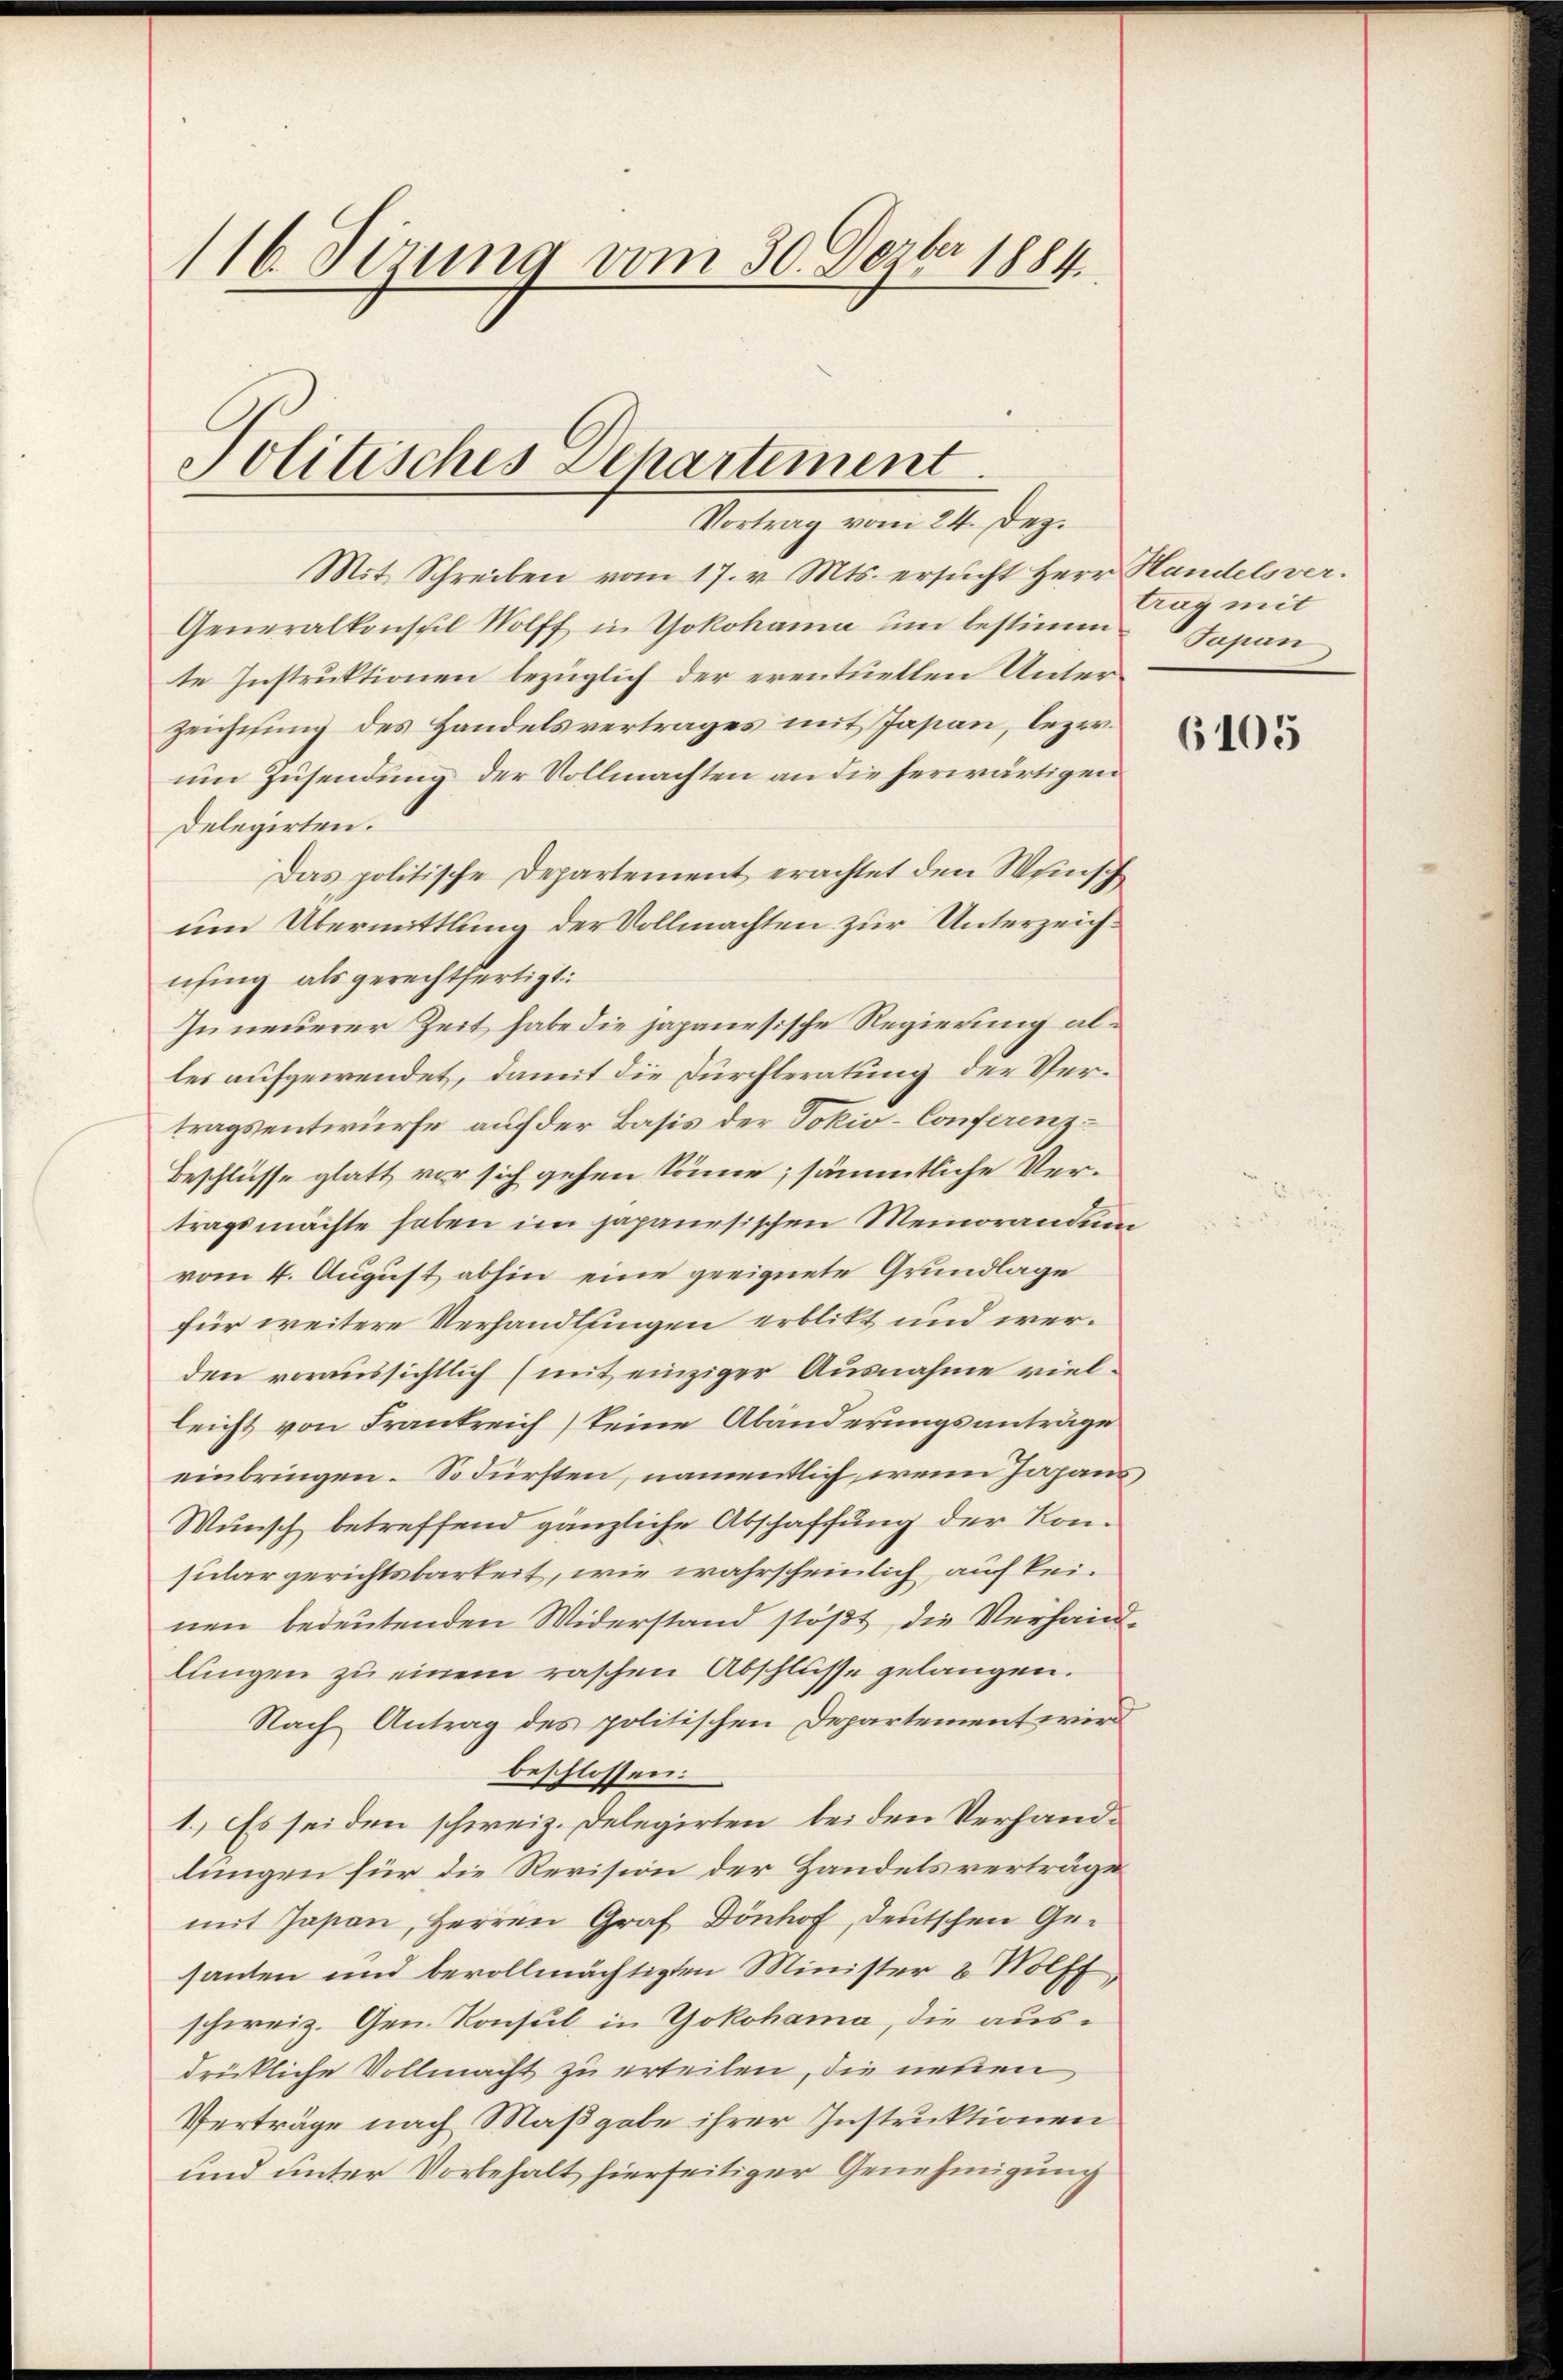
116. Dezung vom 30. Dezbr 1884

Politisches Departement
Vortrag vom 24. Dez.

Mit Schreiben vom 17. v. Mts. ersucht Herr Handelsver¬
Generalkonsul Wolff in Yokohama um bestimm-Japan
te Instruktionen bezüglich der eventuellen Unter¬
Zeichtung des Handelsvertrages mit Japan, lezerum Zusendung der Vollmachten an die herwärtigen
Delegirten.
Das politische Departement erachtet den Wunsch
um Übermittlung der Vollmachten zur Unterzeichnfing als gerechtfertigt:
In neuerer Zeit habe die japanesische Regierung alles aufgewendet, damit die Durchteratung der Vertragsentwurfe auf der Basis der Dokiv-Conferenz¬
Beschlüsse glatt vor sich gehen könne; sämmtliche Vertragsmachte haben im japanesischen Meinorandung
vom 4. August abhin eine geeignete Grundlage
für weitere Verhandlungen erblikt und werden voraussichtlich (mit einziger Ausnahme vielleicht von Frankreich keine Abänderungsanträge
einbringen. Sodürsten, namentlich, wenn Japans
Wunsch betreffend gänzliche Abschaffung der Konsular gerichtsbarkeit, wie wahrscheinlich, auch keinen bedeutenden Widerstand stößt, die Verhandlungen zu einem raschen Abschlüsse gelangen.
Nach Antrag des politischen Departement wird
beschlossen:
1.) Es seiden schweiz. Delegirten bei den Verhandlungen für die Revision der Handelsverträge
mit Japan, Herren Graf Dönhof, deutschen Gesanten und bevollmächtigten Minister 2 Wolff
schweiz. Gen. Konsul in Yokohama, die ausdrückliche Vollmacht zu erteilen, die neuen
Verträge nach Maßgabe ihrer Instruktionen
und unter Vorbehalt hierseitiger Genehmigung

trag mit

6105